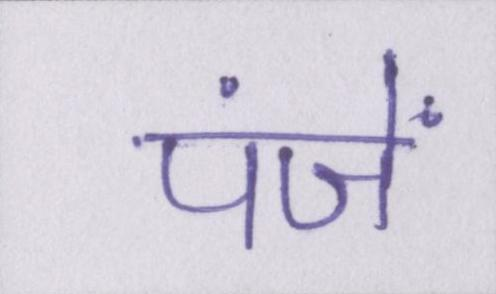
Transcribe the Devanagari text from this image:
पंजें